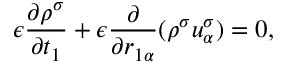
\epsilon \frac { \partial \rho ^ { \sigma } } { \partial t _ { 1 } } + \epsilon \frac { \partial } { \partial r _ { 1 \alpha } } ( \rho ^ { \sigma } u _ { \alpha } ^ { \sigma } ) = 0 ,